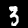
Label: 3